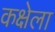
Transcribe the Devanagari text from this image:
कक्षेला